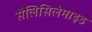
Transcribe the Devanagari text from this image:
सैलिसिलेमाइड